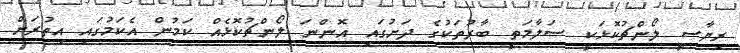
ރިޔާސީ ލޯންޗުކޮޅަކީ ސަލާމަތީ ބާރުތަކުގެ ދަށުގައި އޮންނަ ލޯންޗުކޮޅެއް ކަމުން އެކަމުގައި އިތުރަށް